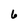
Character: 6